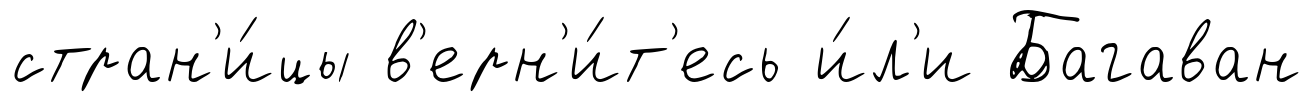
стран'и́цы в'ерн'и́т'есь и́л'и Багаван